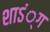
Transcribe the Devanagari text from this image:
शाऽं्ग